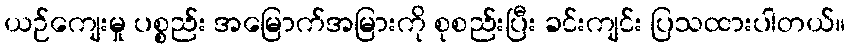
ယဉ်ကျေးမှု ပစ္စည်း အမြောက်အမြားကို စုစည်းပြီး ခင်းကျင်း ပြသထားပါတယ်။